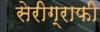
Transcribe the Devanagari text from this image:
सेरीग्राफी